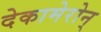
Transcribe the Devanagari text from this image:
देकामेरोन्